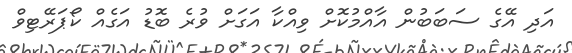
އަދި އޭގެ ސަބަބުން އާއްމުކޮށް ވިއްކާ އަގަށް ވުރެ ބޮޑު އަގެއް ކޯޕަރޭޓިވް